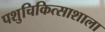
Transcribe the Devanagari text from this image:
पशुचिकित्साशाला